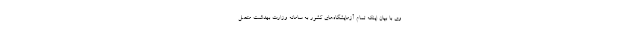
وی با بیان اینکه تمام آزمایشگاه‌های کشور به سامانه وزارت بهداشت متصل